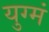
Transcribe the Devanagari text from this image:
युग्मं